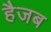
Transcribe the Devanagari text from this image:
हैजब